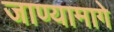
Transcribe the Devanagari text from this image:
जाण्यामागे